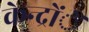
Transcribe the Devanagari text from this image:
केन्द्रोंें